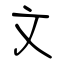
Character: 文